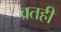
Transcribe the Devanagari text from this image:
व्रतही